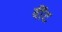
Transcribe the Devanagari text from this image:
वींट